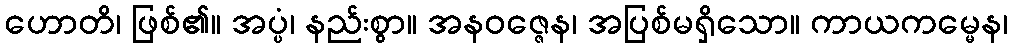
ဟောတိ၊ ဖြစ်၏။ အပ္ပံ၊ နည်းစွာ။ အနဝဇ္ဇေန၊ အပြစ်မရှိသော။ ကာယကမ္မေန၊